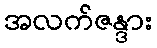
အလက်ဇန္ဒား